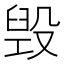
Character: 毁